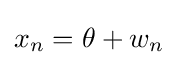
x_{n}=\theta +w_{n}